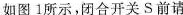
如图1所示，闭合开关S前请